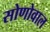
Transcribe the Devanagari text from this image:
सोणोवाल